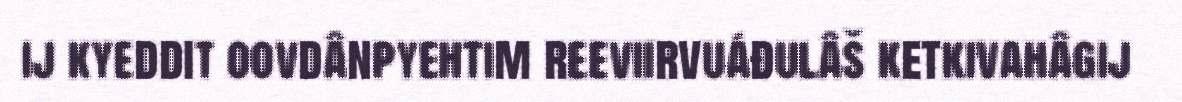
ij kyeddit oovdânpyehtim reeviirvuáđulâš ketkivahâgij